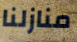
منازلنا